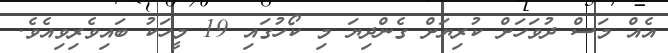
އެއް މަސް ދުވަހަށް ކުރިޔަށް ގެންދިޔަ މި ކޯހުގައި 19 މީހަކު ބައިވެރިވިއެވެ.